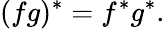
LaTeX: (fg)^{*}=f^{*}g^{*}.